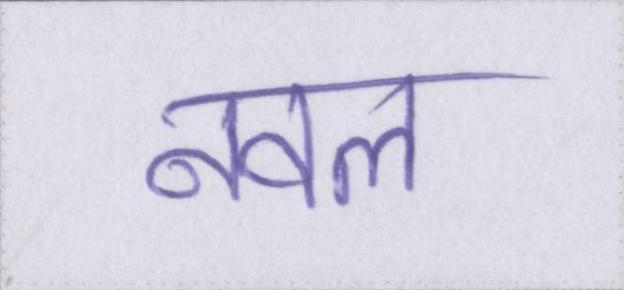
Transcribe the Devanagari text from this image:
नवल